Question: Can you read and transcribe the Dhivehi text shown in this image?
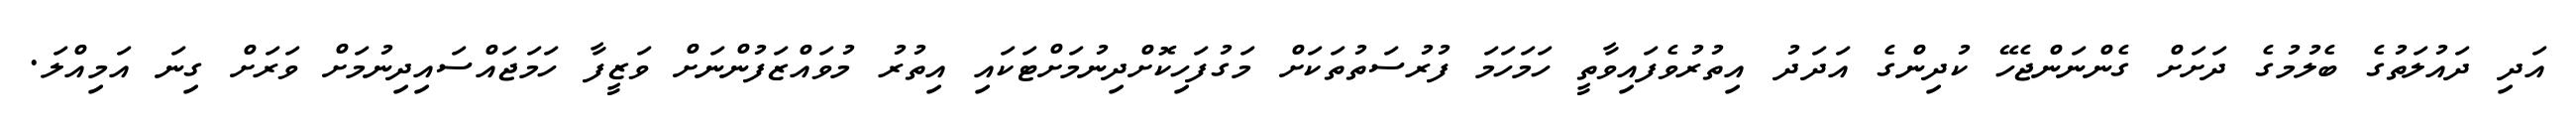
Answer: އަދި ދައުލަތުގެ ބެލުމުގެ ދަށަށް ގެންނަންޖެހޭ ކުދިންގެ އަދަދު އިތުރުވެފައިވާތީ ހަމަހަމަ ފުރުސަތުތަކަށް މަގުފަހިކޮށްދިނުމަށްޓަކައި އިތުރު މުވައްޒަފުންނަށް ވަޒީފާ ހަމަޖައްސައިދިނުމަށް ވަރަށް ގިނަ އަމިއްލަ.